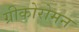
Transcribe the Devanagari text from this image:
ग्रीकोरोमन